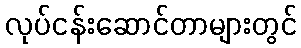
လုပ်ငန်းဆောင်တာများတွင်